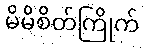
မိမိစိတ်ကြိုက်